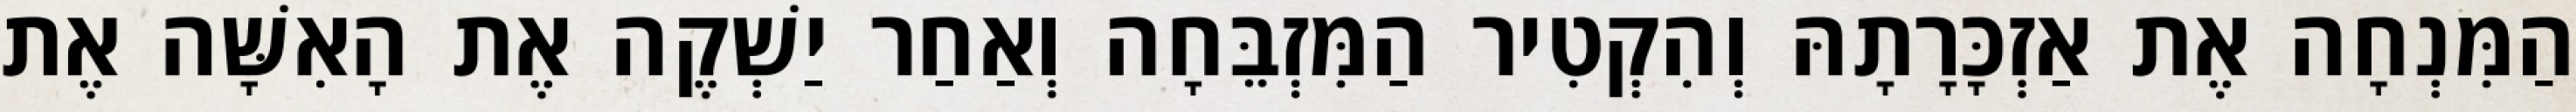
הַמִּנְחָה אֶת אַזְכָּרָתָהּ וְהִקְטִיר הַמִּזְבֵּחָה וְאַחַר יַשְׁקֶה אֶת הָאִשָּׁה אֶת